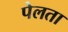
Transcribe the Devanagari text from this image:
पेलता